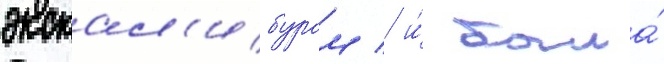
экскал'ибуром / и́ была́